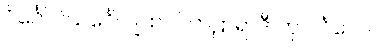
ပိင်္ဂေါ ပိသင်္ဂေါ ပျထဝါ၊ ကဠာရာဒီ တု ပိင်္ဂလေ။